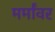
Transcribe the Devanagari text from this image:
मर्मांवर